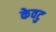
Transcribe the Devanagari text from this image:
केवटु